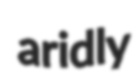
aridly